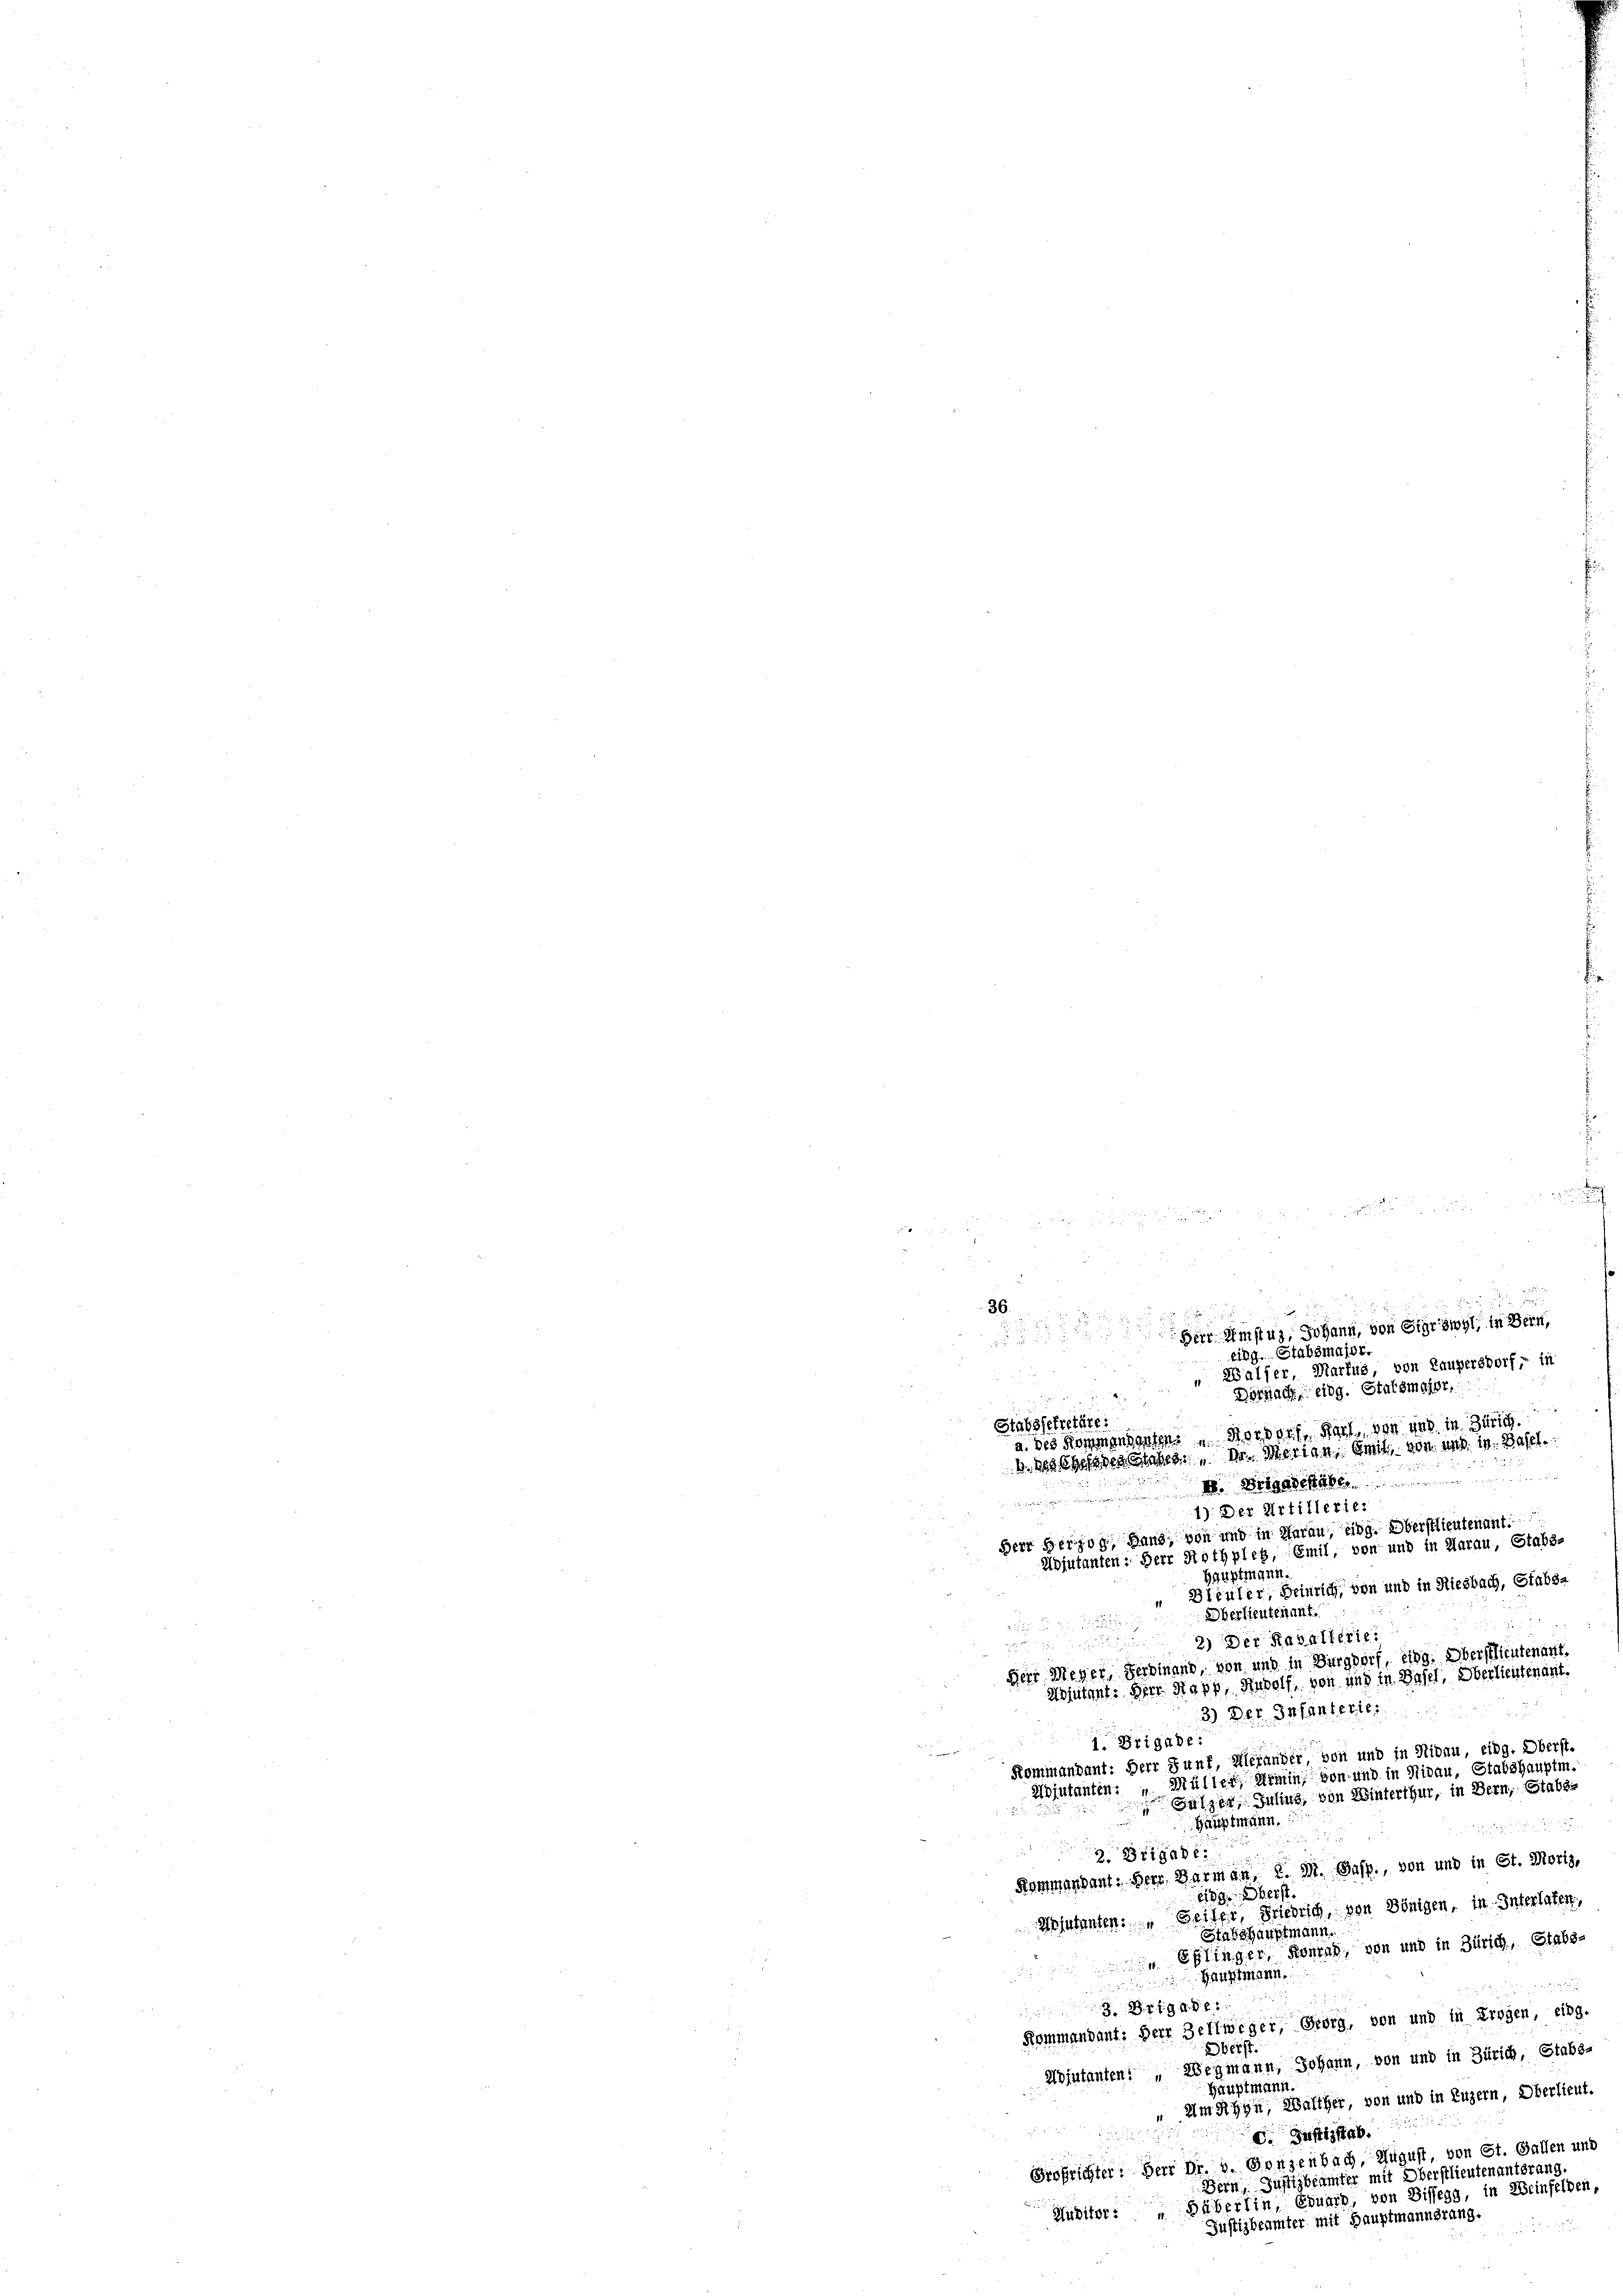
.
36
en Umstag, Johann, von Sigriswyl, in Bern,
eing. Stabsmajor.
Walser, Martus, von Laupersdorf, in
Dornach eidg. Statsmacht.
Stabssekretäre:
a. des Kommandanten.  Rordorf, Karl von und in Zürich.
b. Begehendes Ges. Dr. Merige, mit von und in Basel.
g

i
1) Der Artillerie:
Herr Herzog Land, von und in darau, eine Oberstlieutenant
Mojutanten: Herr Rothpleg, Emil, von und in Aarau, Stabs-

Rammandant. Herr. Barm an, 2. M. Pasp., von und in St. Moris,
eig. Oberst
Anführten. Seiter, Friedrich, den Königen, in Interlaten,
Stabshauptmann.
 Ehlinger, Konrad, von und in Zürich, Stabs-
.
Hauptmann.

Z. B. d. 194. d. 27

Kommandant: Herr Zeltweger, Georg, von und in Trogen, eing.
berst
Adjutanten: „Wegmann, Johann, von und in Zürich, Stabs-
Hauptmann.
Um Rhyn, Walther, von und in Luzern, Oberlieut.

d.Justizsta
Großrichter: Herr Dr. v. Gonzenbach, August, von St. Gallen und
Bern, Justizbeämter mit Oberstlieutenantsran
Huditor: „Bäberlin, Eduard, von Bissegg, in Weinfelden,
Justizbeämter mit Hauptmannsrang.

Hauptmann.
Bleuler, Heinrich, von und in Riesbach, Stabs¬
Oberlieutenant.
2) Der Raballerie.

Herr Meyer, Ferdinand, von und in Burgdorf, eing. Oberstlieutenant,
Adjutant: Herr Rapp, Rudolf, von uns in Basel, Oberlieutenart.
3) Der Infanterte.
1. Brigade:
Kommandant: Herr Junf, Alexander, von und in Nidau, eidg. Oberst-
Adjutanten: „Müller, Armin von und in Nidau, Stabshauptm.
Falzer, Julius, von Winterthur, in Bern, Stabs
Hauptmann,
¬
2. Brigade.